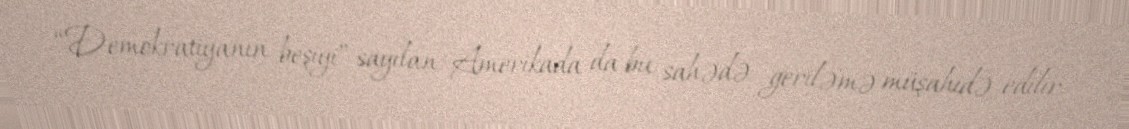
“Demokratiyanın beşiyi” sayılan Amerikada da bu sahədə geriləmə müşahidə edilir